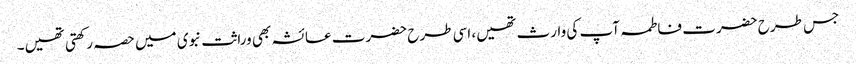
جس طرح حضرت فاطمہ آپ کی وارث تھیں، اسی طرح حضرت عائشہ بھی وراثت نبوی میں حصہ رکھتی تھیں۔